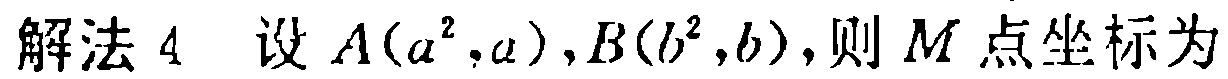
解法 4 设 \(A(a^{2},a),B(b^{2},b)\),则 \(M\) 点坐标为